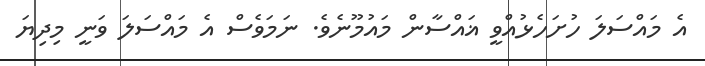
އެ މައްސަލަ ހުށަހެޅުއްވީ ޣައްސާން މައުމޫނެވެ. ނަމަވެސް އެ މައްސަލަ ވަނީ މިދިޔަ